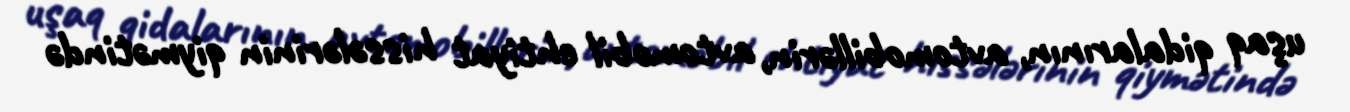
uşaq qidalarının, avtomobillərin, avtomobil ehtiyat hissələrinin qiymətində